Report on vaccination in Madras 1922-1929 - 1922-1929
Year: 1922
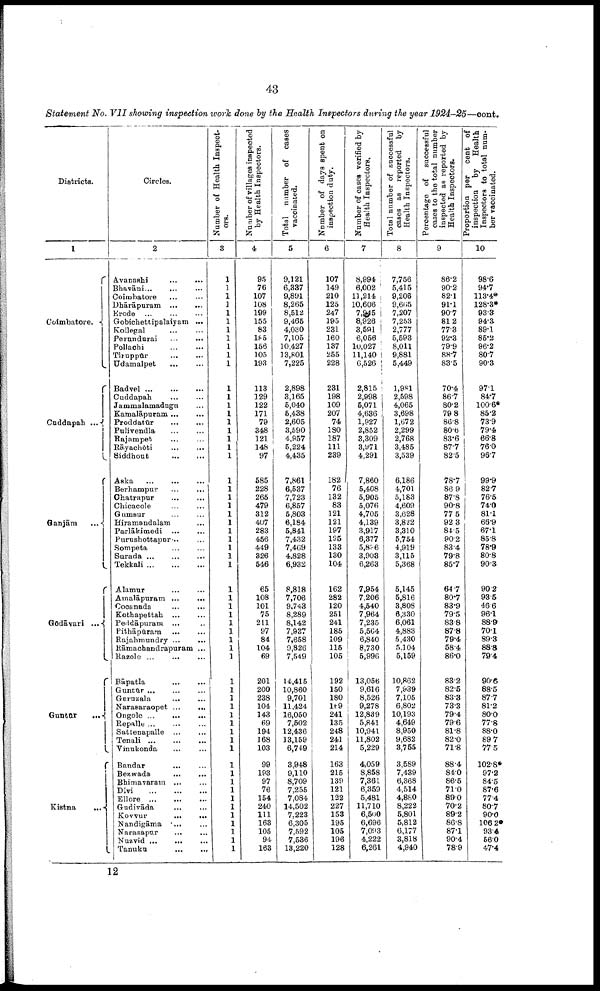
43
Statement No. VII showing inspection work done by the Health Inspectors during the year 1924-25—cont.
Districts.
1
Coimbatore.
Cuddapah
...
Ganjām ...
Gōdāvari ...
Guntūr
...
Kistna
...
Circles.
2
Avanashi
... ...
Bhavāni...
...
Coimbatore ... ...
Dhārāpuram
...
...
Erode
...
...
...
Gobichettipalaiyam ...
Kollegal ... ...
Perundurai
...
...
Pollachi
...
...
Tiruppūr
...
...
Udamalpet
...
...
Badvel
...
...
...
Cuddapah
...
...
Jammalamadugu ...
Kamalāpuram ... ...
Proddatūr
... ...
Pulivendla ... ...
Rajampet ... ...
Rāyachōti
...
...
Siddhout ... ...
Aaka ... ... ...
Berhampur ... ...
Chatrapur
...
...
Chicacole ... ...
Gumsur ... ...
Hiramandalam ...
Parlākimedi ... ...
Purushottapur... ...
Sompeta
...
...
Surada
...
...
...
Tekkali
...
...
...
Alamur
...
...
Amalāpuram
...
Cocanada
...
...
Kothapettah
...
...
Peddāpuram ... ...
Pithāpūram
...
...
Rajahmundry...
...
Rāmachandrapuram ...
Razole
...
...
...
Bāpatla
...
...
Guntūr ... ... ...
Guruzala
...
...
Narasaraopet
...
...
Ongole...
...
Repalle
...
...
...
Sattenapalle
...
...
Tenali
...
...
...
Vinukonda ... ...
Bandar
... ...
Bezwada
...
...
Bhimavaram ... ...
Divi
...
...
...
Ellore
...
...
...
Gudivāda ... ...
Kovvur
...
...
Nandigāma ... ...
Narasapur
...
...
Nuzvid
...
...
...
Tanuku
...
...
Number of Health Inspect
ors.
3
1
1
1
1
1
1
1
1
1
1
1
1
1
1
1
1
1
1
1
1
1
1
1
1
1
1
1
1
1
1
1
1
1
1
1
1
1
1
1
1
1
1
1
1
1
1
1
1
1
1
1
1
1
1
1
1
1
1
1
1
Number of villages inspected
by Health Inspectors.
4
95
76
107
108
199
155
83
185
156
105
193
113
129
122
171
79
348
121
148
97
585
228
265
479
312
407
283
456
449
826
546
65
108
101
75
211
97
84
104
69
201
200
238
104
143
69
194
168
103
99
193
97
76
154
240
111
163
105
94
163
Total number of cases
vaccinated.
5
9,121
6,337
9,891
8,265
8,512
9,465
4,030
7,105
10,427
13,801
7,225
2,898
3,165
5,040
5,438
2,605
3,590
4,957
5,224
4,435
7,861
6,537
7,723
6,857
5,803
6,184
5,841
7,432
7,469
4,828
6,932
8,818
7,706
9,743
8,289
8,142
7,937
7,658
9,826
7,549
14,415
10,860
9,701
11,424
16,050
7,502
12,436
13,159
6,749
3,948
9,110
8,709
7,255
7,084
14,502
7,223
6,305
7,592
7,536
13,220
Number of days spent on
inspection duty.
6
107
149
210
125
247
195
231
160
137
255
228
231
198
109
207
74
180
187
111
239
182
76
132
83
121
121
197
195
133
130
104
162
282
120
251
241
185
109
115
105
192
150
180
169
241
135
248
241
214
163
215
139
121
122
227
153
195
105
196
128
Number of cases verified by
Health Inspectors.
7
8,994
6,002
11,214
10,606
7,945
8,926
3,591
6,056
10,027
11,140
6,526
2,815
2,998
5,071
4,636
1,927
2,852
3,309
3,971
4,291
7,860
5,408
5,905
5,076
4,705
4,139
3,917
6,377
5,806
3,908
6,263
7,954
7,206
4,540
7,964
7,235
5,564
6,840
8,730
5,996
13,056
9,616
8,526
9,278
12,839
5,841
10,941
11,802
5,229
4,059
8,858
7,361
6,359
5,481
11,710
6,500
6,696
7,093
4,222
6,261
Total number of successful
cases as reported by
Health Inspectors.
8
7,756
5,415
9,206
9,665
7,207
7,253
2,777
5,593
8,011
9,881
5,449
1,981
2,598
4,065
3,698
1,672
2,299
2,768
3,485
3,539
6,186
4,701
5,183
4,609
3,628
3,822
3,310
5,754
4,919
3,115
5,368
5,145
5,816
3,808
6,330
6,061
4,883
5,430
5,104
5,159
10,862
7,939
7,105
6,802
10,193
4,649
8,950
9,682
3,755
3,589
7,439
6,368
4,514
4,880
8,222
5,801
5,812
6,177
3,818
4,940
Percentage of successful
cases to the total number
inspected as reported by
Health Inspectors.
9
86.2
90.2
82.1
91.1
90.7
81.2
77.3
92.3
79.9
88.7
83.5
70.4
86.7
80.2
79.8
86.8
80.6
83.6
87.7
82.5
78.7
86.9
87.8
90.8
77.5
92.3
84.5
90.2
83.4
79.8
85.7
64.7
80.7
83.9
79.5
83.8
87.8
79.4
58.4
86.0
83.2
82.5
83.3
73.3
79.4
79.6
81.8
82.0
71.8
88.4
84.0
86.5
71.0
89.0
70.2
89.2
86.8
87.1
90.4
78.9
Proportion per cent of
inspection by
Health
Inspectors to total num
ber vaccinated.
10
98.6
94.7
113.4*
128.3*
93.3
94.3
89.1
85.2
96.2
80.7
90.3
97.1
84.7
100.6*
85.2
73.9
79.4
66.8
76.0
96.7
99.9
82.7
76.5
74.0
81.1
66.9
67.1
85.8
78.9
80.8
90.3
90.2
93.5
46.6
96.1
88.9
70.1
89.3
88.8
79.4
90.6
88.5
87.7
81.2
80.0
77.8
88.0
89.7
77.5
102.8*
97.2
84.5
87.6
77.4
80.7
90.0
106.2*
93.4
56.0
47.4
12